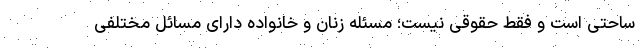
ساحتی است و فقط حقوقی نیست؛ مسئله زنان و خانواده دارای مسائل مختلفی